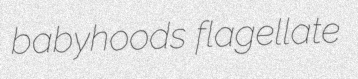
babyhoods flagellate